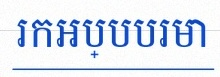
រកអប្បបរមា